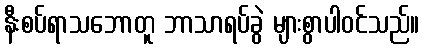
နီးစပ်ရာသဘောတူ ဘာသာရပ်ခွဲ များစွာပါဝင်သည်။